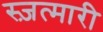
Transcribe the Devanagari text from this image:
स्ज़त्मारी